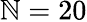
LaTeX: \mathbb{N}=20